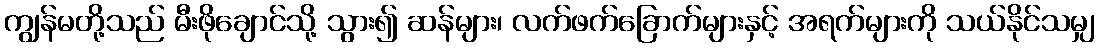
ကျွန်မတို့သည် မီးဖိုချောင်သို့ သွား၍ ဆန်များ၊ လက်ဖက်ခြောက်များနှင့် အရက်များကို သယ်နိုင်သမျှ